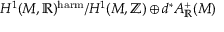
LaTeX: H ^ { 1 } ( M , \mathbb { R } ) ^ { \mathrm { h a r m } } / H ^ { 1 } ( M , \mathbb { Z } ) \oplus d ^ { * } A _ { \mathbb { R } } ^ { + } ( M )